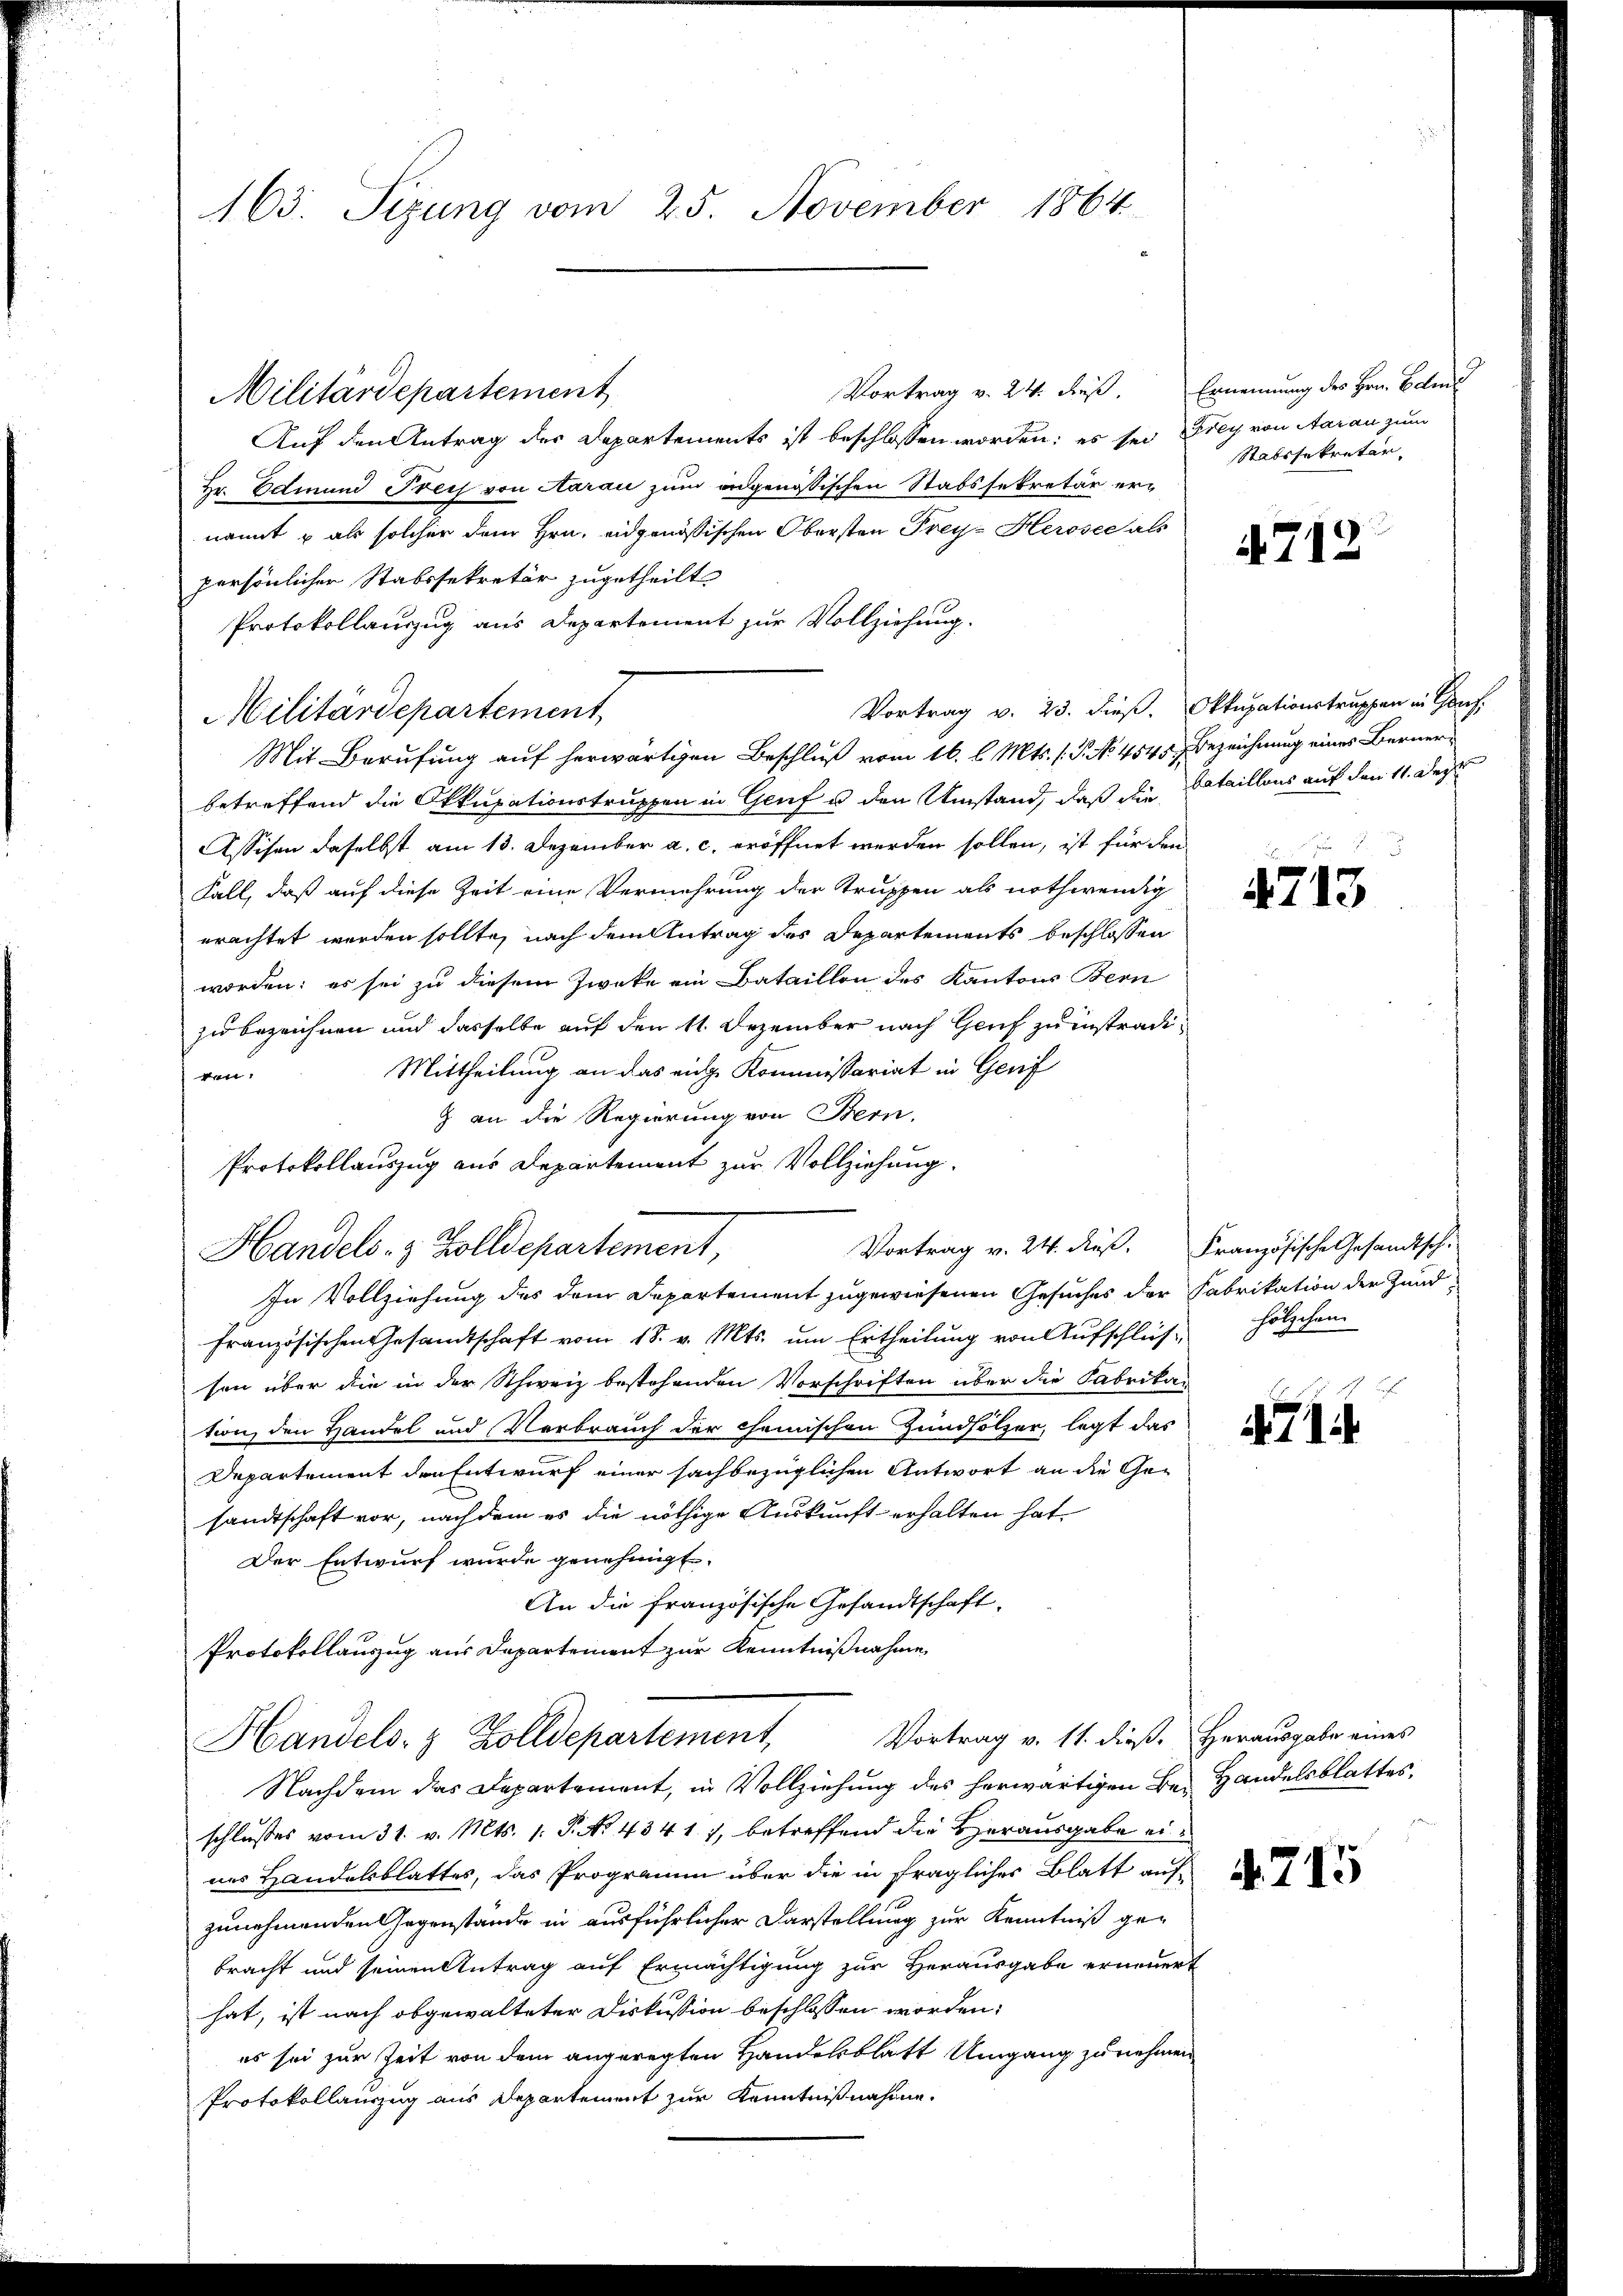
163. Sizung vom 25. November 1864

Vortrag v. 24. Fuß.
Militärdepartement
Auf den Antrag der Departements ist beschlossen worden; es sei Drey von Aarau zum
Hr. Edmund Preis von Aarau zum angenössischen Stabssekretär ernannt u als solcher dem Hrn. eidgenössischen Obersten Frey-Herosec als
persönlichen Stabssekretär zugetheilt
Protokollauszug aus Departement zur Vollziehung.
Militärdepartement
Mit Berufung auf herwärtigen Beschluß vom 16. l. Mts. (T. No. 4545, Bezeichnung eines Bernerbetreffend die Okkupationstruppen in Genf u. den Umstand, daß die Bataillons auf den 11. Dez.
Assisen daselbst am 13. Dezember a. c. eröffnet werden sollen, ist für den
Fall, daß auf diese Zeit eine Vermehrung der Truppen als nothwendig
erachtet werden sollte, nach dem Antrag des Departements beschlossen
worden; es sei zu diesem Zweke ein Bataillon des Kantons Bern
zu bezeichnen und dasselbe auf den 11. Dezember nach Genf zu instradi¬
Mittheilung an das eige Kommissariat in Genf
d
g an die Regierung von Bern.
Protokollauszug aus Departement zur Vollziehung.
Handels- & Zolldepartement,
In Vollziehung des dem Departement zugewiesenen Gesuches der Fabrikation der Zundfranzösischen Gesandtschaft vom 18. v. Mts. ŭm Ertheilŭng von Aŭfschlüs- hölzchen
sen über die in der Schweiz bestehenden Vorschriften über die Fabrika-
tion, den Handel und Verbrauch der chemischen Zündhölzer, legt das
Departement den Entwurf einer sachbezüglichen Antwort an die Gesandtschaft vor, nachdem es die nöthige Auskunft erhalten hat.
Der Entwurf wurde genehmigt.
An die französische Gesandtschaft,
Protokollauszug aus Departement zur Kenntnißnahme
Vortrag v. 11. dieß. Herausgabe eines
Handels- & Zolldepartement,
Nachdem das Departement, in Vollziehung des herwärtigen Be- Handelsblattes,
schlusses vom 31. v. Mts. 1. P. No. 434 17, betreffend die Herausgabe eines Handelsblattes, das Programm über die in fraglicher Blatt auf
zunehmenden Gegenstände in ausführlicher Darstellung zur Kenntniß gebracht und seinen Antrag auf Ermächtigung zur Herausgabe erneuert
hat, ist nach obgewalteter Diskussion beschlossen worden:
es sei zur Zeit von dem angeregten Handelsblatt Umgang zu nehmen
Protokollauszug aus Departement zur Kenntnißnahme.

Vortrag v. 24. dieß. Französische Gesandtsch-

Ernennung des Hrn. Edtma
Stabssekretär

4712

Vortrag v. 23. dieß. Okkupationstruppen in Genf.

4713